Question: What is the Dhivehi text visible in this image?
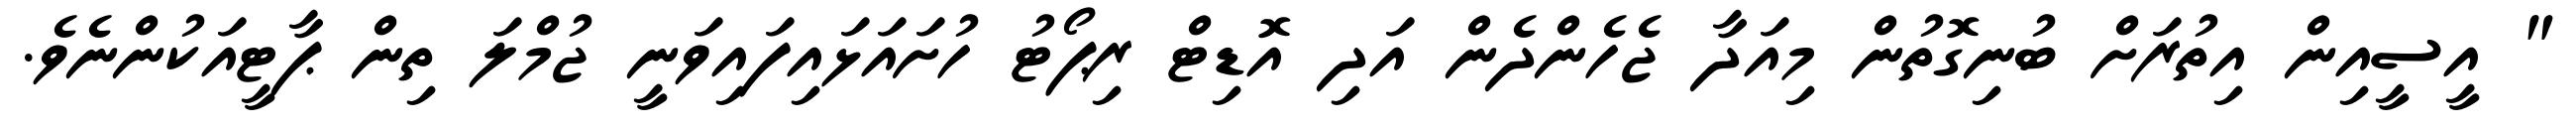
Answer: " އީސީއިން އިތުރަށް ބުނިގޮތުން މިއަދާ ޖެހެންދެން އަދި އޮޑިޓް ރިޕޯޓު ހުށައަޅައިފައިވަނީ ޖުމްލަ ތިން ޕާޓީއަކުންނެވެ.